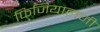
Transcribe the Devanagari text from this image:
फिजियालजी